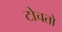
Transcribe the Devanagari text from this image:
टोचतो